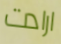
ارادت